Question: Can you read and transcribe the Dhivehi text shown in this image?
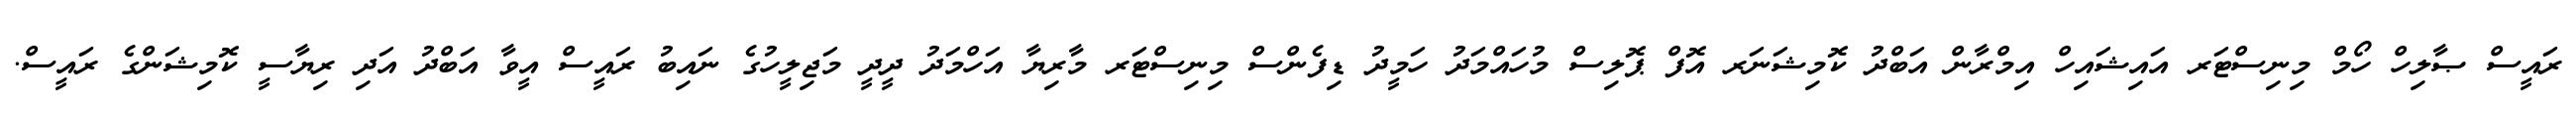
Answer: ރައީސް ޞާލިހް ހޯމް މިނިސްޓަރ އައިޝައިހް އިމްރާން އަބްދު ކޮމިޝަނަރ އޮފް ޕޮލިސް މުހައްމަދު ހަމީދު ޑިފެންސް މިނިސްޓަރ މާރިޔާ އަހްމަދު ދީދީ މަޖިލީހުގެ ނައިބު ރައީސް އީވާ އަބްދު އަދި ރިޔާސީ ކޮމިޝަންގެ ރައީސް.